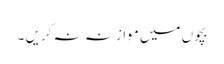
بچوں میں موازنہ نہ کریں ۔